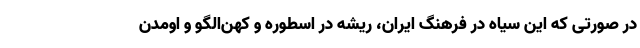
در صورتی که این سیاه در فرهنگ ایران، ریشه در اسطوره و کهن‌الگو و اومدن